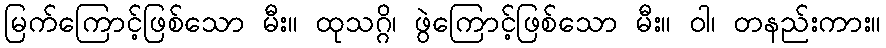
မြက်ကြောင့်ဖြစ်သော မီး။ ထုသဂ္ဂိ၊ ဖွဲကြောင့်ဖြစ်သော မီး။ ဝါ၊ တနည်းကား။